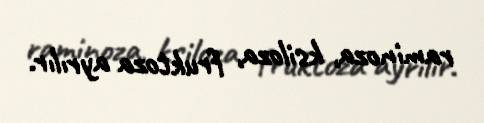
raminoza, ksiloza, fruktoza ayrılır.